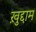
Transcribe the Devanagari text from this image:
ख़ुद्दाम